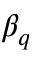
\beta _ { q }